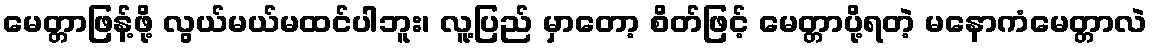
မေတ္တာဖြန့်ဖို့ လွယ်မယ်မထင်ပါဘူး၊ လူ့ပြည် မှာတော့ စိတ်ဖြင့် မေတ္တာပို့ရတဲ့ မနောကံမေတ္တာလဲ